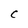
Character: C